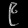
Digit: ၉